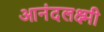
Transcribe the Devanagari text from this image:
आनंदलक्ष्मी